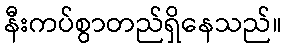
နီးကပ်စွာတည်ရှိနေသည်။